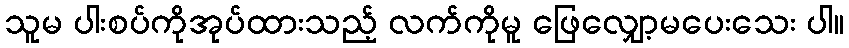
သူမ ပါးစပ်ကိုအုပ်ထားသည့် လက်ကိုမူ ဖြေလျှော့မပေးသေး ပါ။